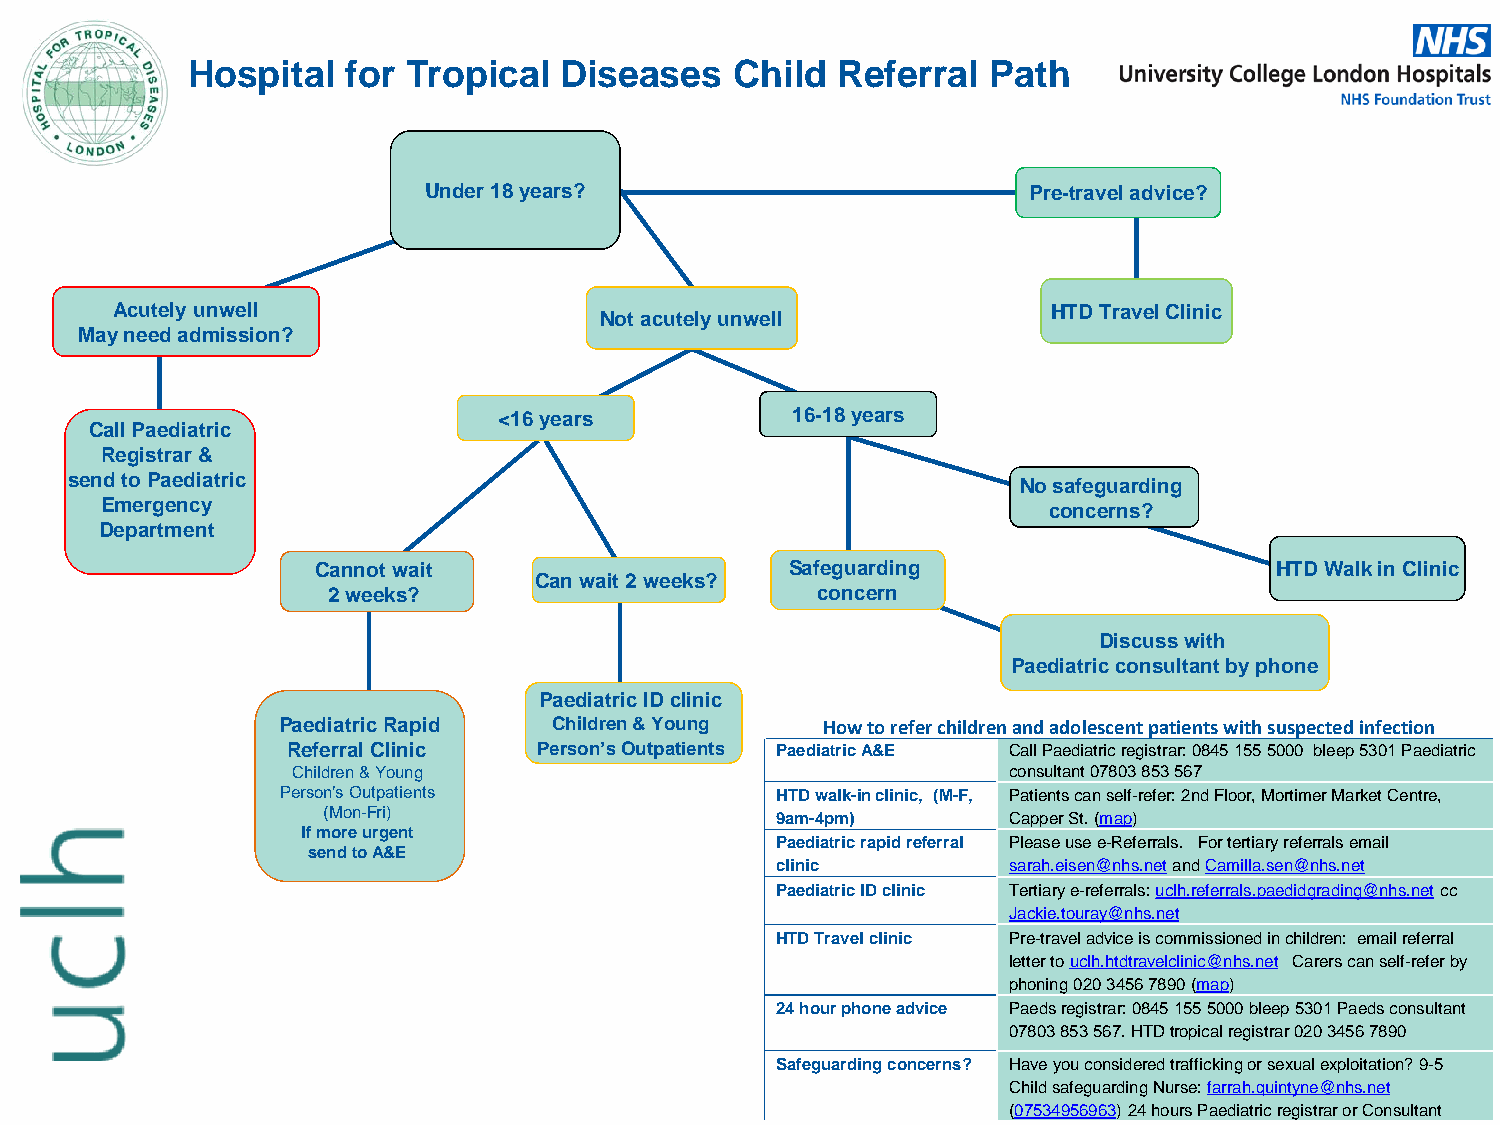
Hospital   for Tropical  Diseases    Child Referral   Path
 Under 18 years?                         Pre-travel advice?
 Acutely unwell                                                 HTD Travel Clinic
 Not acutely unwell
 May need admission?
 <16 years          16-18 years
 Call Paediatric
 Registrar &
 send to Paediatric                                              No safeguarding
 Emergency                                                     concerns?
 Department
 Cannot wait                    Safeguarding                    HTD Walk in Clinic
 Can wait 2 weeks?
 2 weeks?                        concern
 Discuss with
 Paediatric consultant by phone
 Paediatric ID clinic
 Paediatric Rapid   Children & Young How to refer children and adolescent patients with suspected infection
 Referral Clinic  Person’s Outpatients Paediatric A&E Call Paediatric registrar: 0845 155 5000 bleep 5301 Paediatric
 Children & Young                                consultant 07803 853 567
 Person’s Outpatients            HTD walk-in clinic, (M-F, Patients can self-refer: 2nd Floor, Mortimer Market Centre,
 (Mon-Fri)                     9am-4pm)        Capper St. (map)
 If more urgent
 Paediatric rapid referral Please use e-Referrals. For tertiary referrals email
 send to A&E
 clinic          sarah.eisen@nhs.net and Camilla.sen@nhs.net
 Paediatric ID clinic Tertiary e-referrals: uclh.referrals.paedidgrading@nhs.net cc
 Jackie.touray@nhs.net
 HTD Travel clinic Pre-travel advice is commissioned in children: email referral
 letter to uclh.htdtravelclinic@nhs.net Carers can self-refer by
 phoning 020 3456 7890 (map)
 24 hour phone advice Paeds registrar: 0845 155 5000 bleep 5301 Paeds consultant
 07803 853 567. HTD tropical registrar 020 3456 7890
 Safeguarding concerns? Have you considered trafficking or sexual exploitation? 9-5
 Child safeguarding Nurse: farrah.quintyne@nhs.net
 (07534956963) 24 hours Paediatric registrar or Consultant